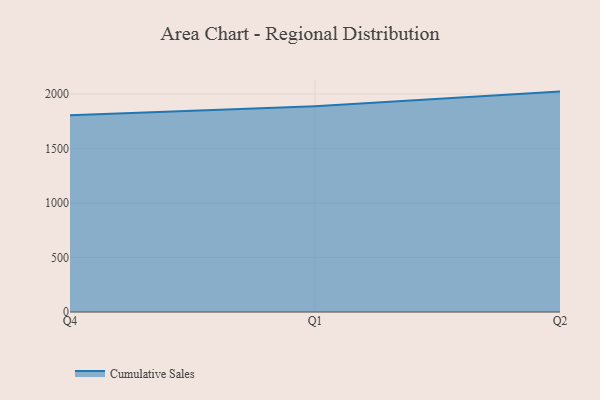
{"axis": {"x": "Quarter", "y": "Shipments"}, "legend": ["Cumulative Sales"], "data": [{"x": "Q4", "y": 1803.4, "type": "Cumulative Sales"}, {"x": "Q1", "y": 1887.7, "type": "Cumulative Sales"}, {"x": "Q2", "y": 2021.1, "type": "Cumulative Sales"}]}